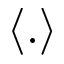
\langle . \rangle